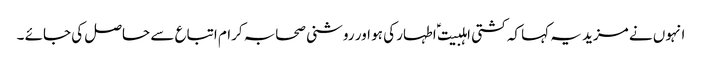
انہوں نے مزید یہ کہا کہ کشتی اہلبیت ؑ اطہار کی ہو اور روشنی صحابہ کرام اتباع سے حاصل کی جائے ۔